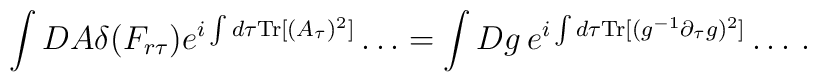
\int DA \delta(F_{r\tau}) e^{i\int d\tau {\mathrm{Tr}}[(A_{\tau})^2]}\ldots = \int Dg\, e^{i\int d\tau {\mathrm{Tr}}[(g^{-1}\partial_{\tau}g)^2]}\ldots\,.